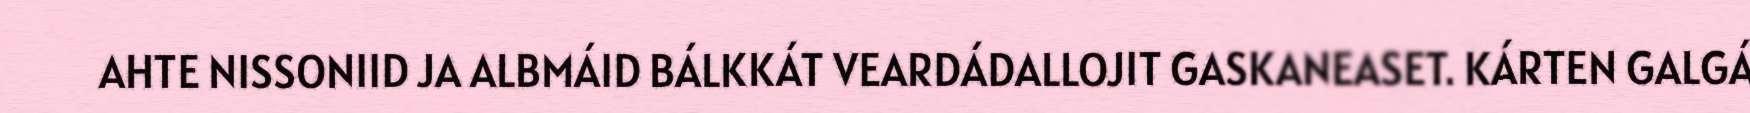
AHTE NISSONIID JA ALBMÁID BÁLKKÁT VEARDÁDALLOJIT GASKANEASET. KÁRTEN GALGÁ